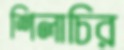
শিলাচির